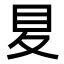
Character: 𡕥